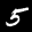
Label: 5